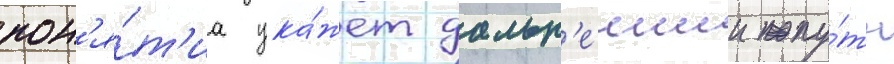
пон'я́т'иа ука́жет дальн'еишии пу́ть